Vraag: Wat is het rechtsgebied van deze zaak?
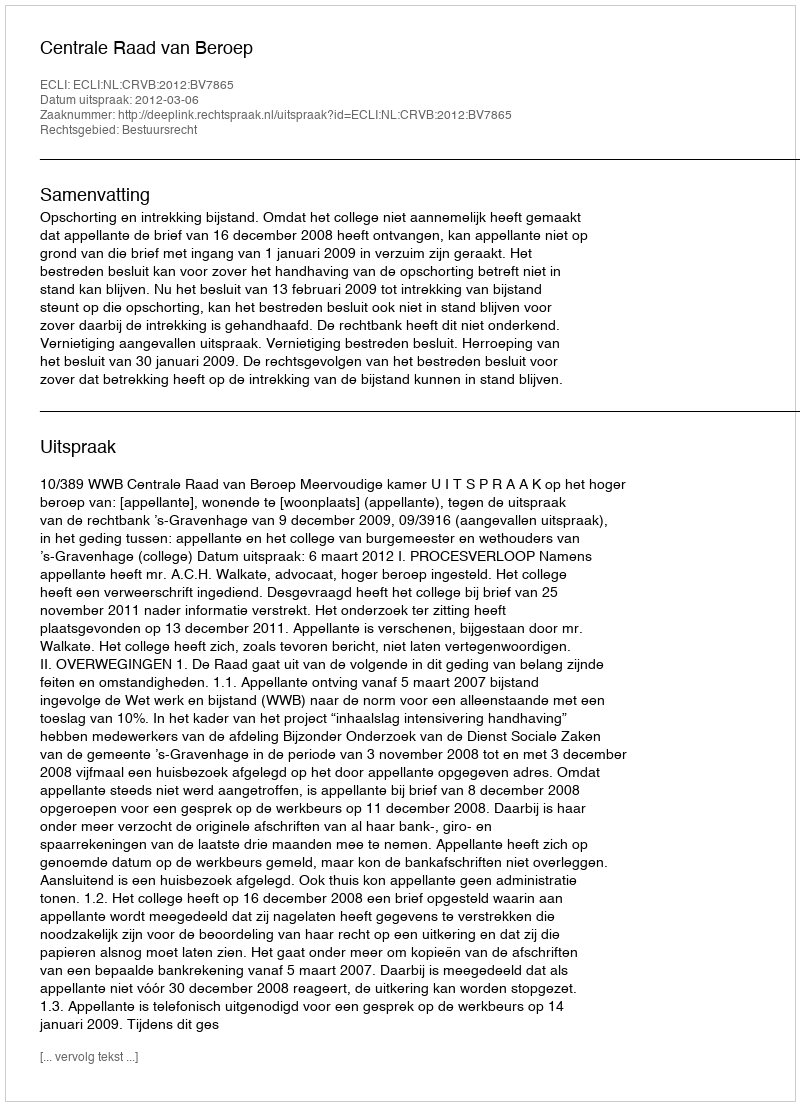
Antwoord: Bestuursrecht